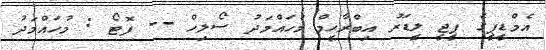
އެމްޑީޕީގެ ޕީޖީ ލީޑަރު އިބްރާހީމް މުހައްމަދު ސޯލިހް -- ފޮޓޯ : މުހައްމަދު